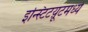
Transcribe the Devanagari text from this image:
इन्स्टिटय़ूटमध्ये